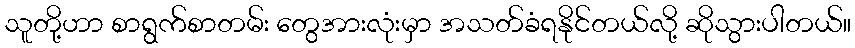
သူတို့ဟာ စာရွက်စာတမ်း တွေအားလုံးမှာ အသတ်ခံရနိုင်တယ်လို့ ဆိုသွားပါတယ်။